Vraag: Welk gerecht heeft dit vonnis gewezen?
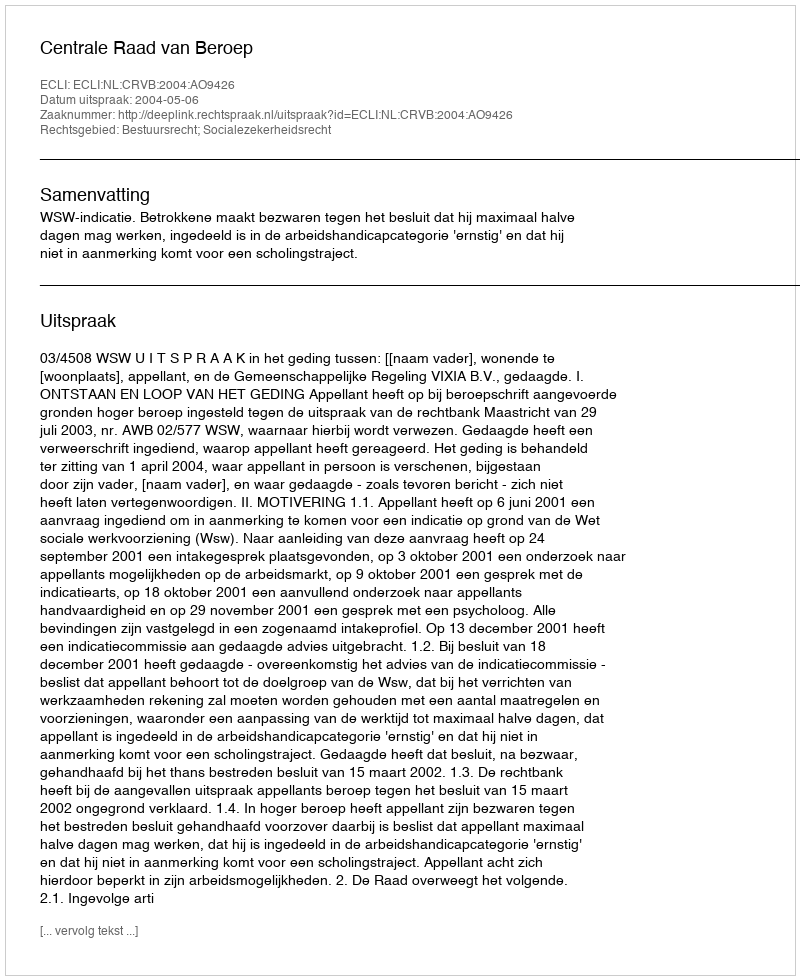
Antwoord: Centrale Raad van Beroep